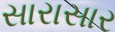
સારાસાર